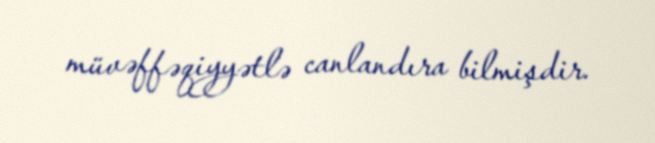
müvəffəqiyyətlə canlandıra bilmişdir.